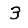
Digit: 3